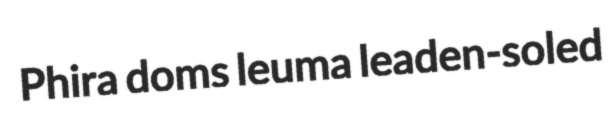
Phira doms leuma leaden-soled